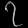
Digit: ၇